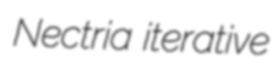
Nectria iterative